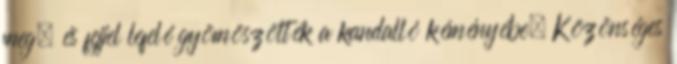
meg, és fejjel lefelé gyömöszölték a kandalló kéményébe. Közönséges